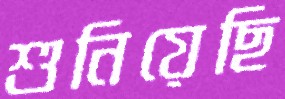
শুনিয়েছি